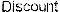
DISCOUNT